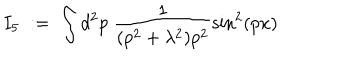
LaTeX: I _ { 5 } \; : = \; \int d ^ { 2 } p \; \frac { 1 } { ( p ^ { 2 } + \lambda ^ { 2 } ) p ^ { 2 } } \sin ^ { 2 } ( p x )